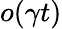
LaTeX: o(\gamma t)